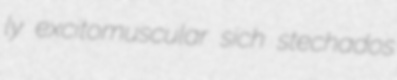
ly excitomuscular sich stechados